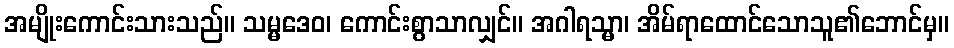
အမျိုးကောင်းသားသည်။ သမ္မဒေဝ၊ ကောင်းစွာသာလျှင်။ အဂါရသ္မာ၊ အိမ်ရာထောင်သောသူ၏ဘောင်မှ။